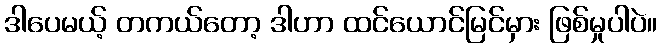
ဒါပေမယ့် တကယ်တော့ ဒါဟာ ထင်ယောင်မြင်မှား ဖြစ်မှုပါပဲ။